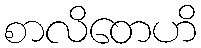
စာလိတေဟိ